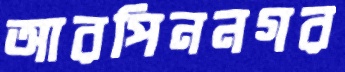
আরপিননগর